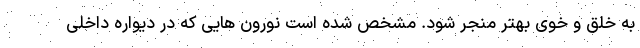
به خلق و خوی بهتر منجر شود. مشخص شده است نورون هایی که در دیواره داخلی